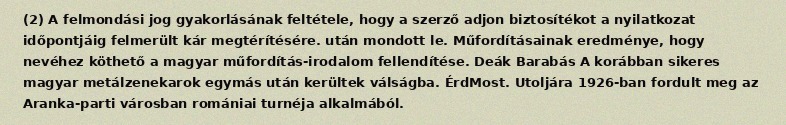
(2) A felmondási jog gyakorlásának feltétele, hogy a szerző adjon biztosítékot a nyilatkozat időpontjáig felmerült kár megtérítésére. után mondott le. Műfordításainak eredménye, hogy nevéhez köthető a magyar műfordítás-irodalom fellendítése. Deák Barabás A korábban sikeres magyar metálzenekarok egymás után kerültek válságba. ÉrdMost. Utoljára 1926-ban fordult meg az Aranka-parti városban romániai turnéja alkalmából.